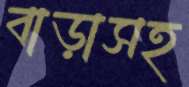
বাড়াসহ